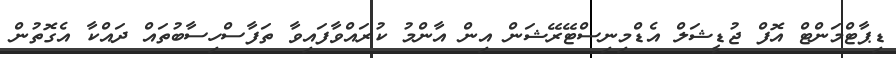
ޑިޕާޓްމަންޓް އޮފް ޖުޑީޝަލް އެޑްމިނިސްޓޭރޭޝަން އިން އާންމު ކުރައްވާފައިވާ ތަފާސްހިސާބުތައް ދައްކާ އެގޮތުން